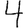
Digit: 4